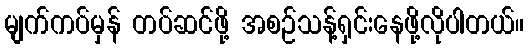
မျက်ကပ်မှန် တပ်ဆင်ဖို့ အစဉ်သန့်ရှင်းနေဖို့လိုပါတယ်။